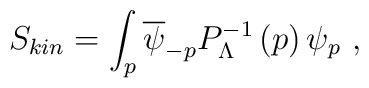
S_{kin}=\int_p\overline\psi_{-p}P^{-1}_{\Lambda }\left( p\right)\psi_p\ ,